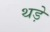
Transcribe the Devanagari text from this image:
थड़े